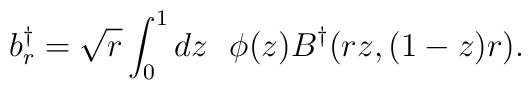
b_r^{\dagger}= \sqrt{r}\int_0^1 dz\ \  \phi(z) B^{\dagger}(rz,(1-z)r).